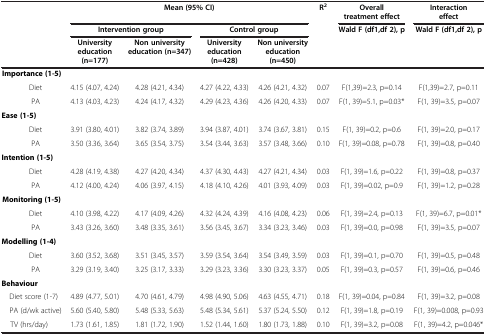
<table><thead><tr><td><b> </b></td><td colspan="4"><b>Mean (95% CI)</b></td><td><b>R<sup>2</sup></b></td><td><b>Overall treatment effect</b></td><td><b>Interaction effect</b></td></tr><tr><td><b> </b></td><td colspan="2"><b>Intervention group</b></td><td colspan="2"><b>Control group</b></td><td><b> </b></td><td><b>Wald F (df1,df 2), p</b></td><td><b>Wald F (df1,df 2), p</b></td></tr><tr><td><b> </b></td><td><b>University education (n=177)</b></td><td><b>Non university education (n=347)</b></td><td><b>University education (n=428)</b></td><td><b>Non university education (n=450)</b></td><td><b> </b></td><td><b> </b></td><td><b> </b></td></tr></thead><tbody><tr><td><b>Importance (1-5)</b></td><td> </td><td> </td><td> </td><td> </td><td> </td><td> </td><td> </td></tr><tr><td> Diet</td><td>4.15 (4.07, 4.24)</td><td>4.28 (4.21, 4.34)</td><td>4.27 (4.22, 4.33)</td><td>4.26 (4.21, 4.32)</td><td>0.07</td><td>F(1,39)=2.3, p=0.14</td><td>F(1,39)=2.7, p=0.11</td></tr><tr><td> PA</td><td>4.13 (4.03, 4.23)</td><td>4.24 (4.17, 4.32)</td><td>4.29 (4.23, 4.36)</td><td>4.26 (4.20, 4.33)</td><td>0.07</td><td>F(1, 39)=5.1, p=0.03*</td><td>F(1, 39)=3.5, p=0.07</td></tr><tr><td><b>Ease (1-5)</b></td><td> </td><td> </td><td> </td><td> </td><td> </td><td> </td><td> </td></tr><tr><td> Diet</td><td>3.91 (3.80, 4.01)</td><td>3.82 (3.74, 3.89)</td><td>3.94 (3.87, 4.01)</td><td>3.74 (3.67, 3.81)</td><td>0.15</td><td>F(1, 39)=0.2, p=0.6</td><td>F(1, 39)=2.0, p=0.17</td></tr><tr><td> PA</td><td>3.50 (3.36, 3.64)</td><td>3.65 (3.54, 3.75)</td><td>3.54 (3.44, 3.63)</td><td>3.57 (3.48, 3.66)</td><td>0.10</td><td>F(1, 39)=0.08, p=0.78</td><td>F(1, 39)=0.8, p=0.40</td></tr><tr><td><b>Intention (1-5)</b></td><td> </td><td> </td><td> </td><td> </td><td> </td><td> </td><td> </td></tr><tr><td> Diet</td><td>4.28 (4.19, 4.38)</td><td>4.27 (4.20, 4.34)</td><td>4.37 (4.30, 4.43)</td><td>4.27 (4.21, 4.34)</td><td>0.03</td><td>F(1, 39)=1.6, p=0.22</td><td>F(1, 39)=0.8, p=0.37</td></tr><tr><td> PA</td><td>4.12 (4.00, 4.24)</td><td>4.06 (3.97, 4.15)</td><td>4.18 (4.10, 4.26)</td><td>4.01 (3.93, 4.09)</td><td>0.03</td><td>F(1, 39)=0.02, p=0.9</td><td>F(1, 39)=1.2, p=0.28</td></tr><tr><td><b>Monitoring (1-5)</b></td><td> </td><td> </td><td> </td><td> </td><td> </td><td> </td><td> </td></tr><tr><td> Diet</td><td>4.10 (3.98, 4.22)</td><td>4.17 (4.09, 4.26)</td><td>4.32 (4.24, 4.39)</td><td>4.16 (4.08, 4.23)</td><td>0.06</td><td>F(1, 39)=2.4, p=0.13</td><td>F(1, 39)=6.7, p=0.01*</td></tr><tr><td> PA</td><td>3.43 (3.26, 3.60)</td><td>3.48 (3.35, 3.61)</td><td>3.56 (3.45, 3.67)</td><td>3.34 (3.23, 3.46)</td><td>0.03</td><td>F(1, 39)=0.0, p=0.98</td><td>F(1, 39)=3.5, p=0.07</td></tr><tr><td><b>Modelling (1-4)</b></td><td> </td><td> </td><td> </td><td> </td><td> </td><td> </td><td> </td></tr><tr><td> Diet</td><td>3.60 (3.52, 3.68)</td><td>3.51 (3.45, 3.57)</td><td>3.59 (3.54, 3.64)</td><td>3.54 (3.49, 3.59)</td><td>0.03</td><td>F(1, 39)=0.1, p=0.70</td><td>F(1, 39)=0.5, p=0.48</td></tr><tr><td> PA</td><td>3.29 (3.19, 3.40)</td><td>3.25 (3.17, 3.33)</td><td>3.29 (3.23, 3.36)</td><td>3.30 (3.23, 3.37)</td><td>0.05</td><td>F(1, 39)=0.3, p=0.57</td><td>F(1, 39)=0.6, p=0.46</td></tr><tr><td><b>Behaviour</b></td><td> </td><td> </td><td> </td><td> </td><td> </td><td> </td><td> </td></tr><tr><td> Diet score (1-7)</td><td>4.89 (4.77, 5.01)</td><td>4.70 (4.61, 4.79)</td><td>4.98 (4.90, 5.06)</td><td>4.63 (4.55, 4.71)</td><td>0.18</td><td>F(1, 39)=0.04, p=0.84</td><td>F(1, 39)=3.2, p=0.08</td></tr><tr><td> PA (d/wk active)</td><td>5.60 (5.40, 5.80)</td><td>5.48 (5.33, 5.63)</td><td>5.48 (5.34, 5.61)</td><td>5.37 (5.24, 5.50)</td><td>0.12</td><td>F(1, 39)=1.8, p=0.19</td><td>F(1, 39)=0.008, p=0.93</td></tr><tr><td> TV (hrs/day)</td><td>1.73 (1.61, 1.85)</td><td>1.81 (1.72, 1.90)</td><td>1.52 (1.44, 1.60)</td><td>1.80 (1.73, 1.88)</td><td>0.10</td><td>F(1, 39)=3.2, p=0.08</td><td>F(1, 39)=4.2, p=0.046*</td></tr></tbody></table>